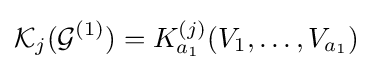
{\mathcal {K}}_{j}({\mathcal {G}}^{(1)})=K_{a_{1}}^{(j)}(V_{1},\ldots ,V_{a_{1}})